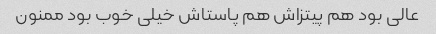
عالی بود هم پیتزاش هم پاستاش خیلی خوب بود ممنون